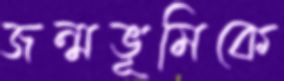
জন্মভূমিকে